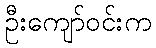
ဦးကျော်ဝင်းက